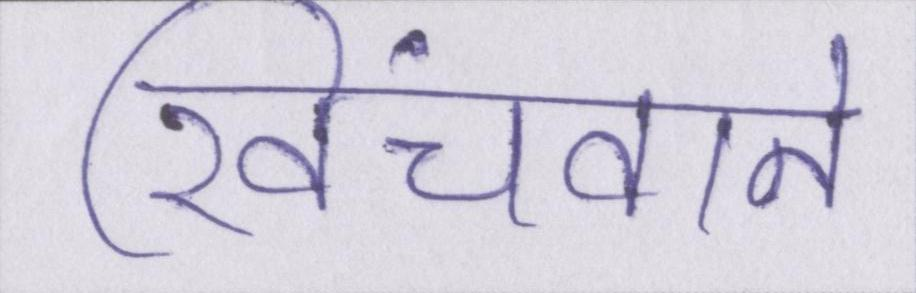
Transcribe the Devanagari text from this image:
खिंचवाने